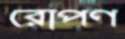
রোপণ